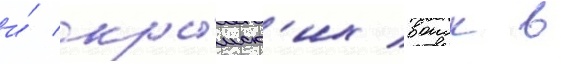
и́ кры́мск'их воиск в